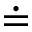
\doteq